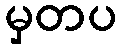
မှတပ